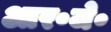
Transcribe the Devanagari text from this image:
आर॰जे॰